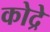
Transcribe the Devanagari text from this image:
कोद्रे